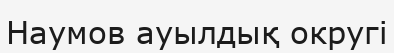
Наумов ауылдық округі